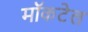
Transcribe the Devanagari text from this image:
मॉकटेल